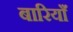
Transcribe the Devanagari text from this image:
बारियाँ